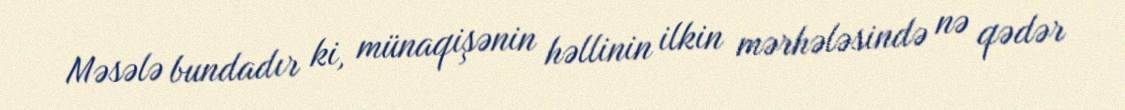
Məsələ bundadır ki, münaqişənin həllinin ilkin mərhələsində nə qədər